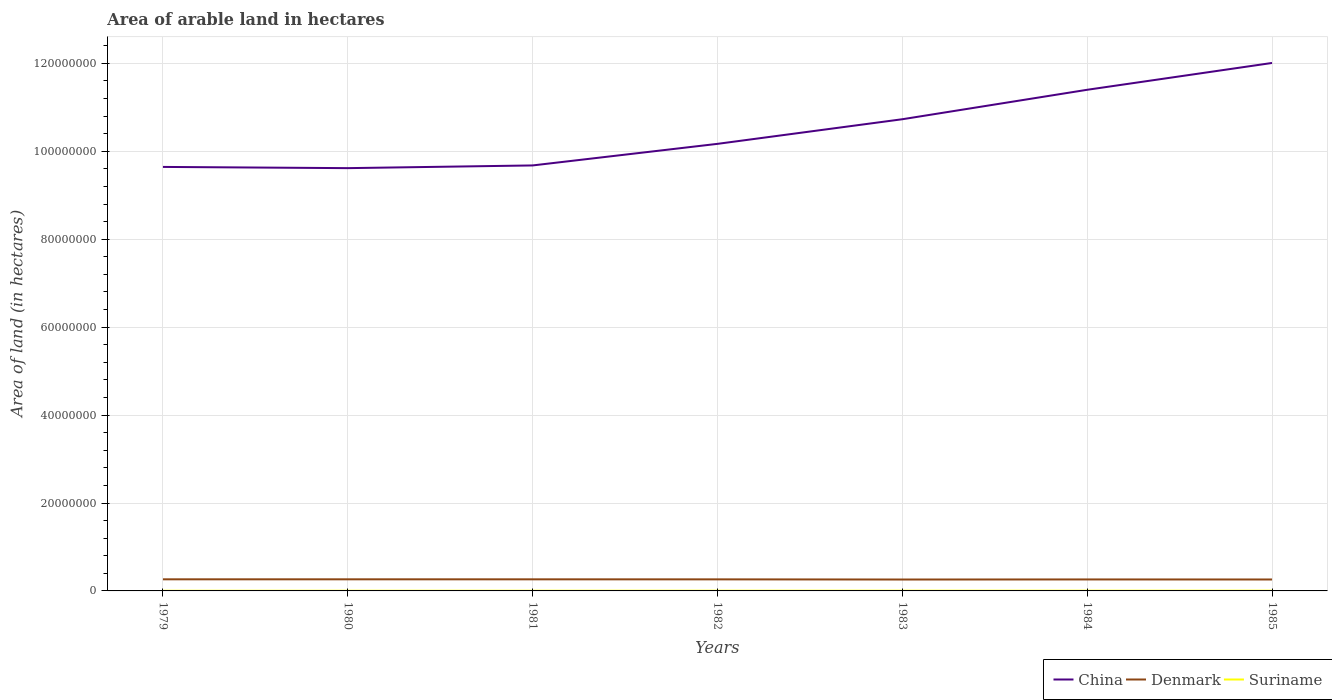
| Years | China | Denmark | Suriname |
 | --- | --- | --- | --- |
 | 1979 | 9.65e+07 | 2.64e+06 | 3.7e+04 |
 | 1980 | 9.62e+07 | 2.64e+06 | 4e+04 |
 | 1981 | 9.68e+07 | 2.64e+06 | 4.3e+04 |
 | 1982 | 1.02e+08 | 2.63e+06 | 4.6e+04 |
 | 1983 | 1.07e+08 | 2.59e+06 | 4.8e+04 |
 | 1984 | 1.14e+08 | 2.61e+06 | 5e+04 |
 | 1985 | 1.2e+08 | 2.6e+06 | 5.2e+04 |